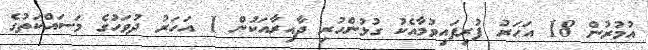
އުމުރުން 18 އަހަރު ފުރިފައިވުމާއެކު ގުޅުންހުރި ދާއިރާއަކުން 1 އަހަރު ދުވަހުގެ މަސައްކަތުގެ